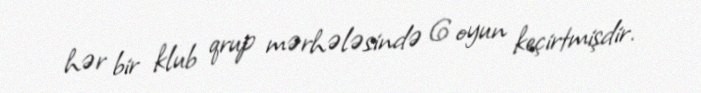
hər bir klub qrup mərhələsində 6 oyun keçirtmişdir.